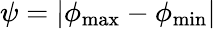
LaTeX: \psi=|\phi_{\mathrm{max}}-\phi_{\mathrm{min}}|